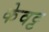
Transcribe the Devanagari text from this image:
केवट्ट